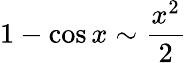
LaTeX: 1-\cos x\sim{\frac{x^{2}}{2}}